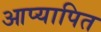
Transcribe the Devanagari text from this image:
आप्यापित